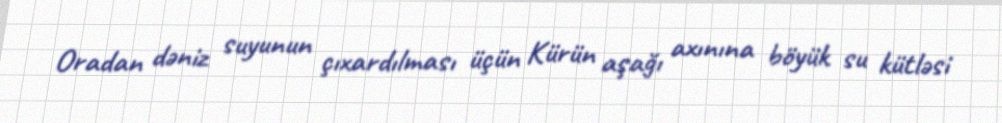
Oradan dəniz suyunun çıxardılması üçün Kürün aşağı axınına böyük su kütləsi